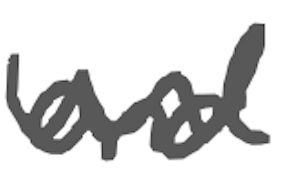
Text: and
Cross-out: wave
Writing tool: digital_gray